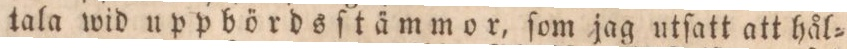
tala wid uppbördsſtämmor, ſom jag utſatt att hål=